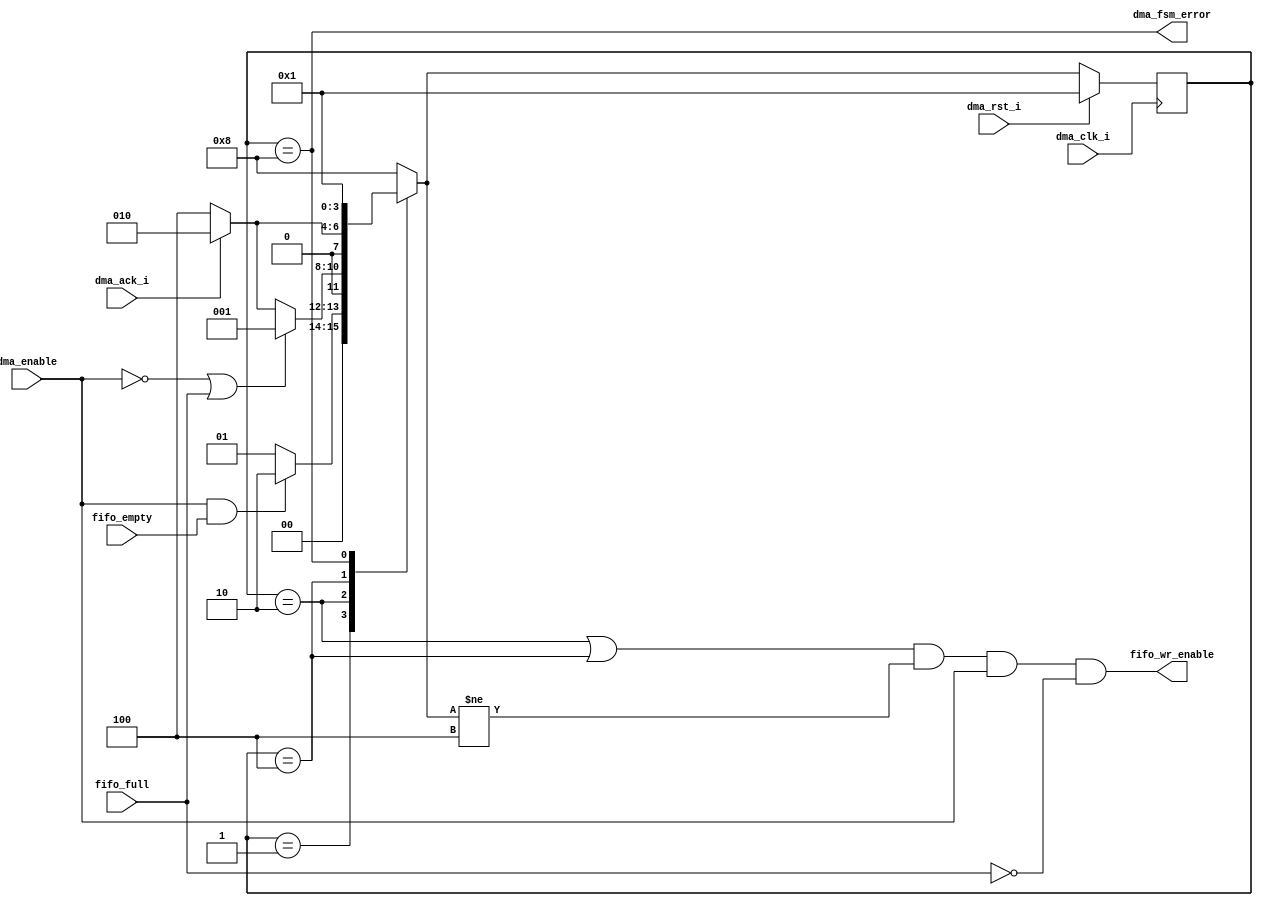
module 
  i2s_to_wb_dma_fsm
  (
    input           dma_enable,
    input           dma_ack_i,
    
    input           fifo_empty,
    input           fifo_full,
    
    output          fifo_wr_enable,
    
    output          dma_fsm_error,

    input           dma_clk_i,
    input           dma_rst_i
  );
  

  // -----------------------------
  //  state machine binary definitions
  parameter IDLE_STATE  = 4'b0001;
  parameter DMA_STATE   = 4'b0010;
  parameter WAIT_STATE  = 4'b0100;
  parameter ERROR_STATE = 4'b1000;


  // -----------------------------
  //  state machine flop
  reg [3:0] state;
  reg [3:0] next_state;

  always @(posedge dma_clk_i)
    if(dma_rst_i)
      state <= IDLE_STATE;
    else
      state <= next_state;


  // -----------------------------
  //  state machine
  always @(*)
    case(state)
      IDLE_STATE:   if( dma_enable & fifo_empty )
                      next_state <= DMA_STATE;
                    else
                      next_state <= IDLE_STATE;

      DMA_STATE:    if( ~dma_enable | fifo_full )
                      next_state <= IDLE_STATE;
                    else if( ~dma_ack_i )
                      next_state <= WAIT_STATE;
                    else
                      next_state <= DMA_STATE;

      WAIT_STATE:   if( dma_ack_i )
                      next_state <= DMA_STATE; 
                    else
                      next_state <= WAIT_STATE;

      ERROR_STATE:  next_state <= IDLE_STATE;

      default:      next_state <= ERROR_STATE;

    endcase
    
         
  // -----------------------------
  //  outputs
  assign fifo_wr_enable = ( (state == DMA_STATE) | (state == WAIT_STATE) ) & (next_state != WAIT_STATE) & dma_enable & ~fifo_full;
  assign dma_fsm_error  = (state == ERROR_STATE);
  

endmodule